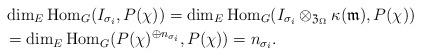
LaTeX: \begin{align*}& \dim_{E} \mathrm{Hom}_{G}(I_{\sigma_{i}}, P(\chi)) = \dim_{E} \mathrm{Hom}_{G}(I_{\sigma_{i}} \otimes_{\mathfrak{Z}_{\Omega}} \kappa(\mathfrak{m}), P(\chi)) \\ & = \dim_{E} \mathrm{Hom}_{G}(P(\chi)^{\oplus n_{\sigma_{i}}}, P(\chi)) = n_{\sigma_{i}}. \end{align*}